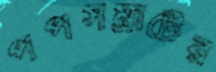
পপসম্রাটের